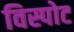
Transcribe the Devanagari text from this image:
विस्पोट